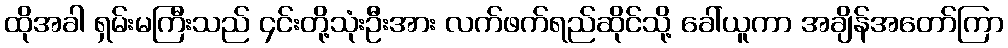
ထိုအခါ ရှမ်းမကြီးသည် ၄င်းတို့သုံးဦးအား လက်ဖက်ရည်ဆိုင်သို့ ခေါ်ယူကာ အချိန်အတော်ကြာ